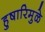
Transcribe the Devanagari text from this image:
हुषारिमुळे